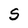
Character: S